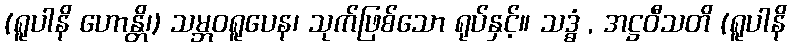
(ရူပါနိ ဟောန္တိ၊) သမ္ဘဝရူပေန၊ သုက်ဖြစ်သော ရုပ်နှင့်။ သဒ္ဓံ , အဋ္ဌဝီသတိ (ရူပါနိ